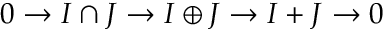
0 \to I \cap J \to I \oplus J \to I + J \to 0